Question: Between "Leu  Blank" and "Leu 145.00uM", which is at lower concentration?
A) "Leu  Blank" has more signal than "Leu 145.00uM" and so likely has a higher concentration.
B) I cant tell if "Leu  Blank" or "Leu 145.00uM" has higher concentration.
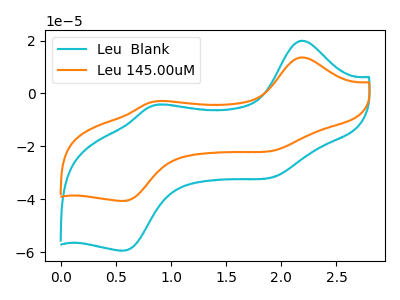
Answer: <think>The cyan curve "Leu  Blank" has anodic peaks at (2.20V, 19.95uA) (0.90V, -4.20uA) and cathodic peaks at (1.95V, -31.25uA) (0.60V, -59.35uA). The orange curve "Leu 145.00uM" has anodic peaks at (2.20V, 13.65uA) (0.90V, -2.85uA) and cathodic peaks at (1.95V, -21.40uA) (0.60V, -40.55uA).
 All the peaks in "Leu  Blank" have a peak in "Leu 145.00uM" at the same potential.</think>
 <answer>B) I cant tell if "Leu  Blank" or "Leu 145.00uM" has higher concentration.</answer>
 <eval>B</eval>